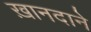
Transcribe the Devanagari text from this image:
ख़ानदाने